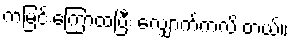
ကမြင်းကြောထပြီး လျှောက်ကလိ တယ်။